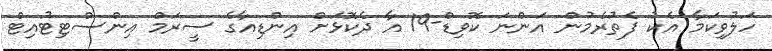
ހަލުވިކަމާ އެކު ފެތުރެމުން އަންނަ ކޮވިޑް-19 އާ ދެކޮޅަށް އިންޑިއާގެ ސީރަމް އިންސްޓިޓުއިޓް